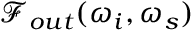
\mathcal { F } _ { o u t } ( \omega _ { i } , \omega _ { s } )